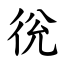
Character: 㣞